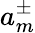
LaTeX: a_{m}^{\pm}